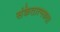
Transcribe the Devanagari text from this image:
संकेतात्मकता